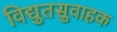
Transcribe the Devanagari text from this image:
विद्युतसुवाहक